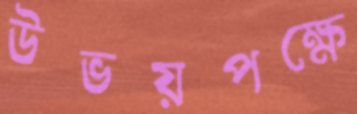
উভয়পক্ষে